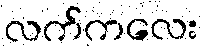
လက်ကလေး